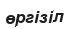
өргізіл